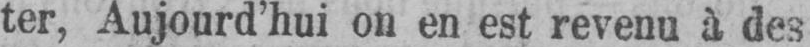
ter, Aujourd’hui on en est revenu à des